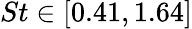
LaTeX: St\in[0.41,1.64]